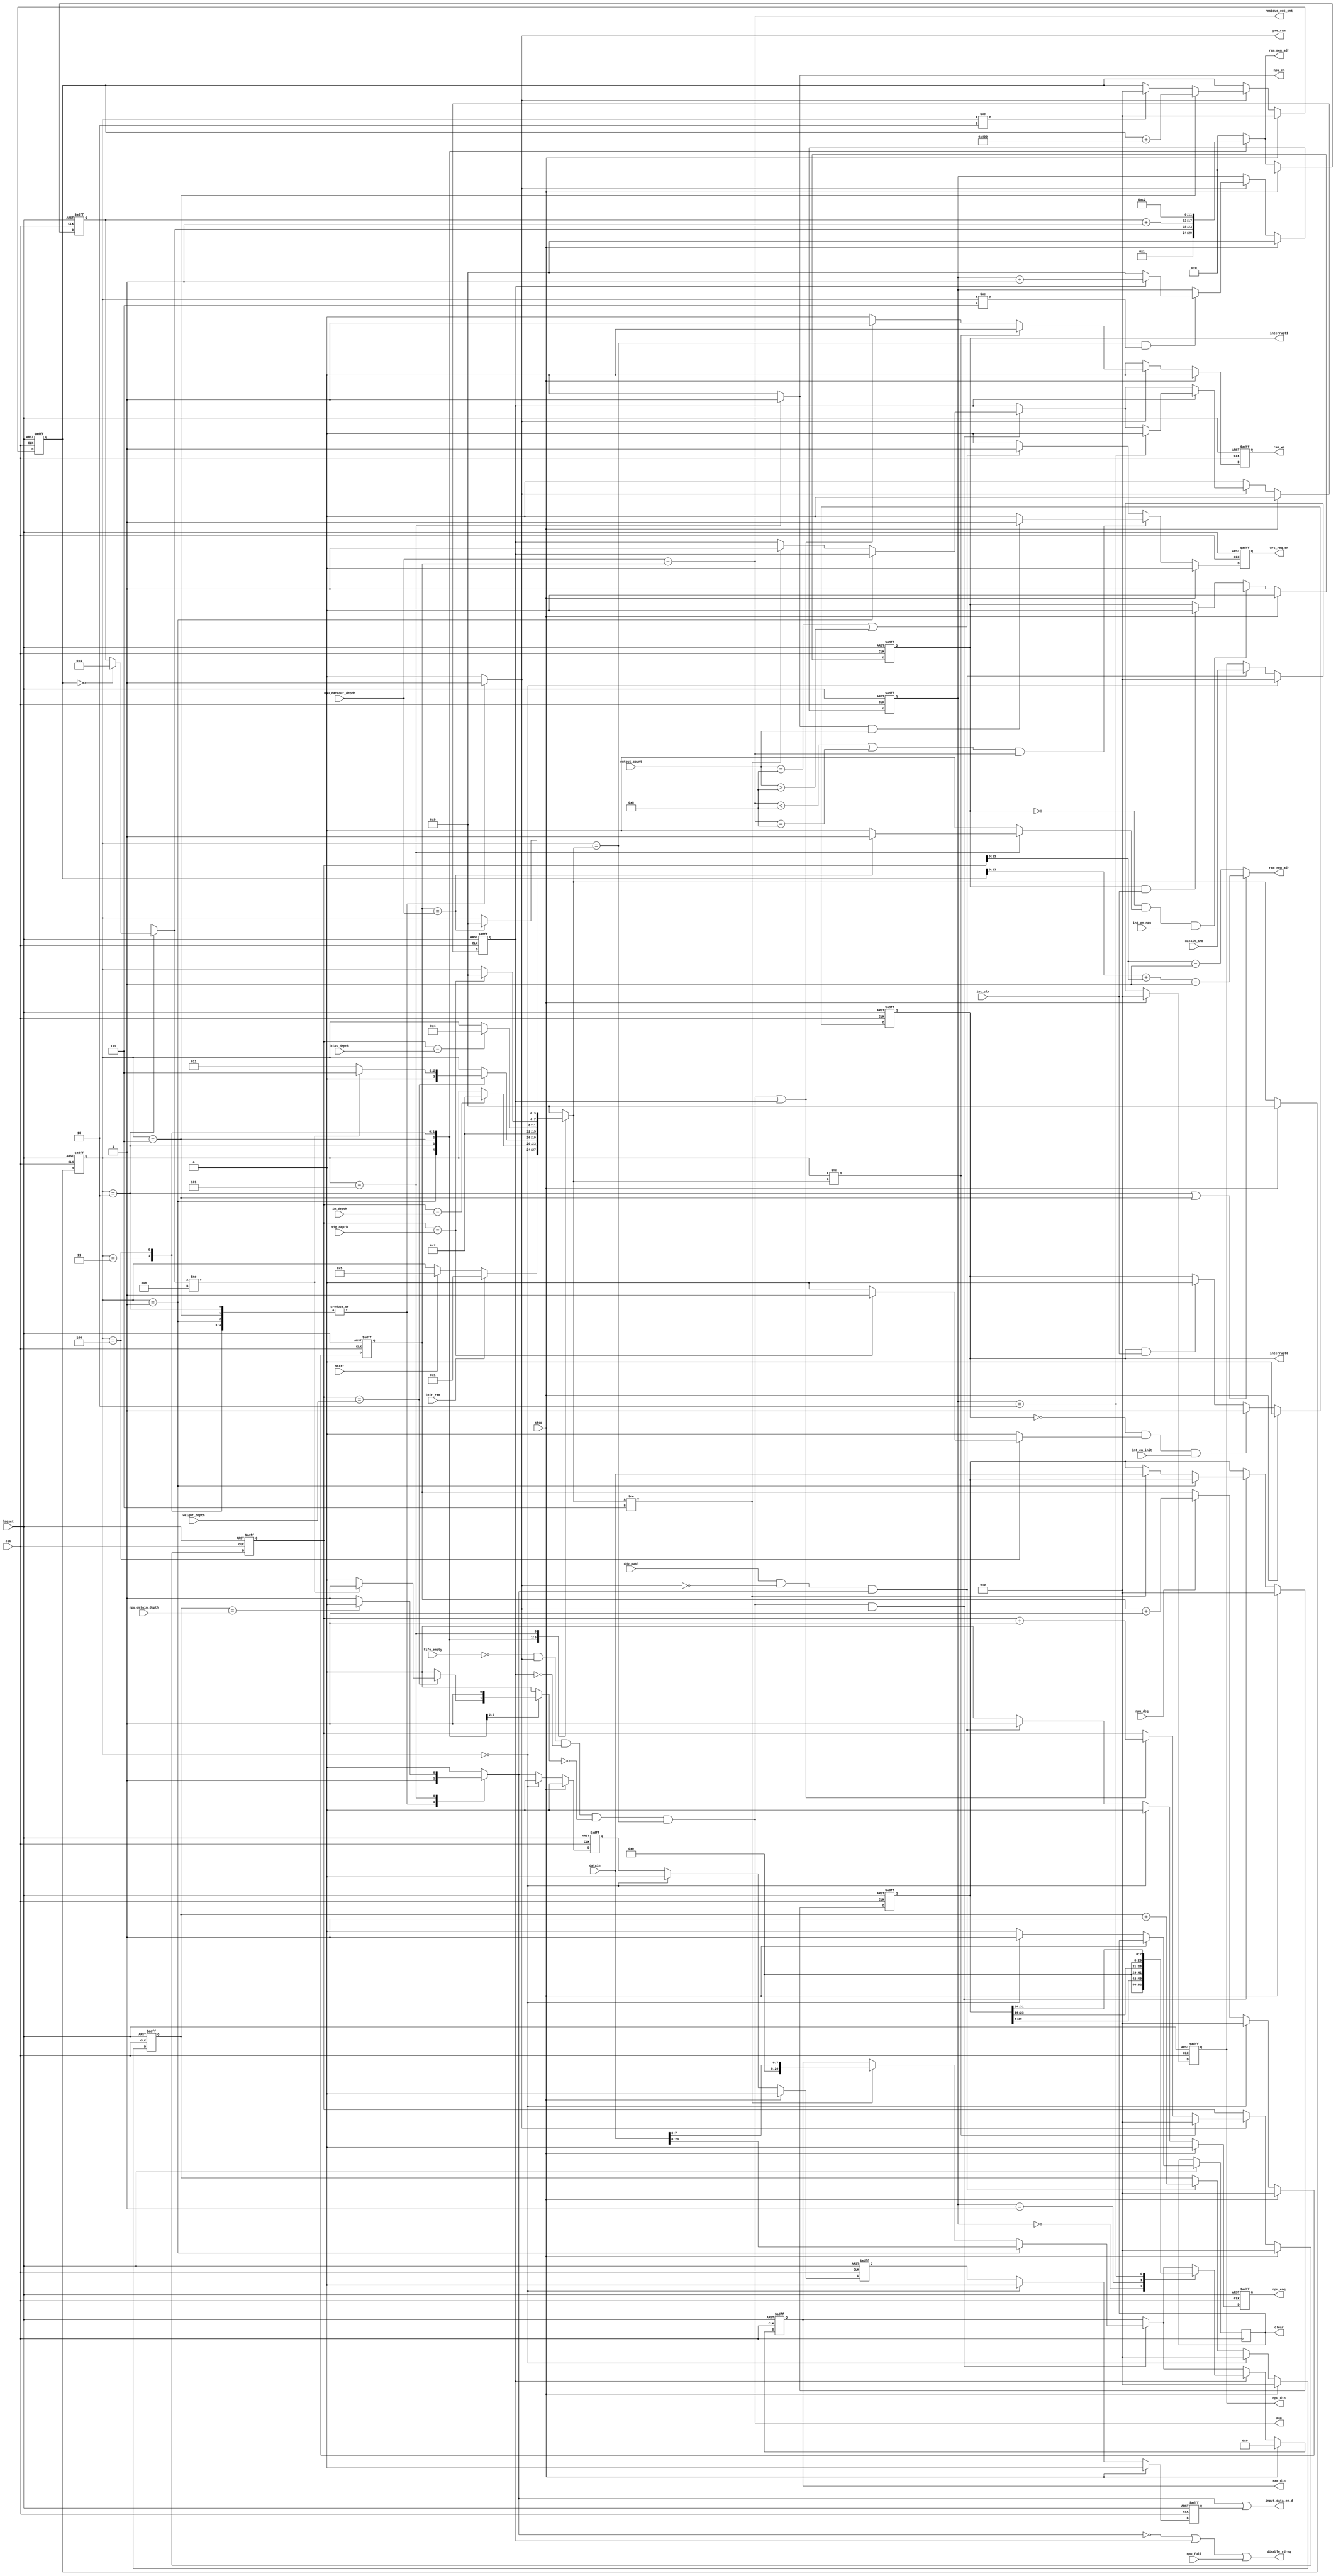



//(* dont_touch = "yes" *) 
module npu_if_crl (
		hreset,
		clk, 
		datain,		
		pop,
		fifo_empty,
		disable_rdreq,
		wrt_req_en,
		datain_ahb,
		ahb_push,
		pre_ram,
		/////////////////////////////
		weight_depth      ,
		bias_depth        ,
		im_depth          ,
		sig_depth         ,
		npu_datain_depth  ,
		npu_dataout_depth ,
		input_data_en_d,
		start,
		stop,
		init_ram,	
		int_clr,
		int_en_init,
		int_en_npu,
		//err_int_en, 
		//err_int, 	
		interrupt0,
		interrupt1,
		clear,
		////////////////////////////
    npu_en,
    npu_din,
    npu_enq,
    npu_deq,
    output_count, 
    residue_out_cnt,  
    npu_full,  
    ram_din,
    ram_reg_adr,
    ram_mem_adr,
    ram_we
		);
// ******************************************************
// NPU Ram_mem Address 
// ****************************************************** 		
 parameter IM_RAM_ADR       = 6'b000001;   
 parameter SIG_RAM_ADR      = 6'b000010;   
 parameter BIAS_RAM_ADR     = 6'b000011;   
 parameter WEIGHT_RAM_ADR   = 6'b000100; 

// ******************************************************
// NPU Trans Interface State Machine Encoding
// ****************************************************** 
 parameter IDLE           = 4'b0000 ;
 parameter INC            = 4'b0001 ;
 parameter WEIGHT         = 4'b0010 ;
 parameter BIAS           = 4'b0011 ;
 parameter SIGMOID        = 4'b0100 ;
 parameter npu_on         = 4'b0101 ;
 parameter WEIGHT_ADR_ICR = 4'b0111 ;

input  [31:0]       weight_depth     ; 	
input  [31:0]       bias_depth       ;   
input  [31:0]       im_depth         ; 
input  [31:0]       sig_depth        ; 
input  [31:0]       npu_datain_depth ; 
input  [31:0]       npu_dataout_depth; 
input               start;
input               stop;
input               init_ram;
input               int_clr;
input               int_en_init ;
input               int_en_npu ;
input               fifo_empty;
//input               err_int_en;

// npu interface
output              npu_en;            
output  [31:0]      npu_din;
output              npu_enq;
input               npu_deq;
input               npu_full;
//input               npu_ofifo_full;
input   [9:0]       output_count;
// ram-specific ports
output  [20:0]      ram_din;
output  [13:0]      ram_reg_adr;
output  [5 :0]      ram_mem_adr;
output              ram_we;

//////////////////////////////
input 			        hreset;
input 			        clk;
input  	[31:0] 	    datain;   	// Data from FIFO
input   [31:0]      datain_ahb;
input               ahb_push;
output			        pop;		// read 
output              disable_rdreq;
output              wrt_req_en;
//output              err_int;
output              interrupt0  ;
output              interrupt1  ;
output              clear;  
output              input_data_en_d;
output              pre_ram; 
output          [31:0]    residue_out_cnt;
//output          reg residue_mode;

///////////////////////////////////////////
   
reg             complete_ann;
reg             complete_init; 
//reg             err_int; 
reg             interrupt0  ;
reg             interrupt1  ;
reg             wrt_req_en ;
reg             input_data_en;   
wire            input_data_en_d;
reg input_data_en_d11;
reg input_data_en_d22; 
reg input_data_en_d33;


reg             pre_ram          ;               
reg             wait_inram_flag  ;
reg   [31:0]    npu_datain_cnt   ;
reg   [31:0]    npu_dataout_cnt  ;  
reg   [31:0]    datain_tmp; 
reg   [31:0]    ram_count_in;
reg   [31:0]    ram_count_in_w;
reg   [3:0]     wait_cnt;      
reg   [3:0]     state           ;
reg   [3:0]     nextstate       ;
reg             cnt_clear       ; 
reg             clear ;


                      
reg   [31:0]    npu_din;
reg             npu_enq;
reg   [5 :0]    ram_mem_adr;
reg             ram_we; 
reg   [20:0]    ram_din;
reg   [5 :0]    pre_ram_mem_adr; 
reg             pop_disable;

wire  [31:0]     residue_out_cnt;

wire            change_state;
       

assign pop      =  ~fifo_empty && pre_ram && !wait_inram_flag  && !pop_disable && !change_state;

assign ram_reg_adr   =  ((state == WEIGHT) || ( state ==  WEIGHT_ADR_ICR)) ? (ram_count_in_w + ram_count_in[13:0]-1):ram_count_in[13:0]-1;
assign disable_rdreq =  ~input_data_en || wait_inram_flag || npu_full; 
assign npu_en         =  (state == npu_on ) ? 1 : 0;
assign residue_out_cnt = npu_dataout_depth - npu_dataout_cnt;
assign change_state  = (state == nextstate) ? 0 : 1;
//////////////////////////////////////////////////////////////////////
 
assign input_data_en_d = input_data_en || input_data_en_d33;

always @(posedge clk or negedge hreset)
begin
	if(!hreset) begin
		//initial 
		npu_enq           <= 0;		  
		npu_datain_cnt    <= 32'b0; 
		npu_dataout_cnt   <= 32'b0; 		
		wrt_req_en        <= 0;	
		npu_din <= 0;
		input_data_en_d33 <=0;
		input_data_en_d11<=0;
		input_data_en_d22<=0;
		//residue_mode <= 0;
	end else if(stop) begin
		npu_enq           <= 0;		  
		npu_datain_cnt    <= 32'b0; 
		npu_dataout_cnt   <= 32'b0; 		
		wrt_req_en        <= 0;	
		npu_din <= 0; 
		input_data_en_d33 <=0;
		input_data_en_d11<=0;
		input_data_en_d22<=0;
		//residue_mode <= 0;
	end
	else begin		   
        ////////////Npu Operational Data Input
        input_data_en_d11 <=input_data_en;
        input_data_en_d22 <=input_data_en_d11;
        input_data_en_d33 <=input_data_en_d22;
        npu_enq   <= 0;
	      if(state == IDLE)begin 
	      	npu_din <= 0;
	      	npu_datain_cnt <= 0;
	      	input_data_en_d11 <=0;
          input_data_en_d22 <=0;
          input_data_en_d33 <=0;
	      end else if(ahb_push & (!pre_ram) & input_data_en) begin		     				
					npu_din <= datain_ahb;
					npu_datain_cnt <= npu_datain_cnt + 1; 
					npu_enq   <= 1;
		    end
        ///////////// Write_req Control
		    if((residue_out_cnt < 4'h8 || residue_out_cnt == 4'h8) && residue_out_cnt) 
		   
		    begin
		    
		    	    if(npu_en&&output_count)
		    	    	wrt_req_en <= 1;
		    	    else wrt_req_en <= 0;
		    	   
		    	    
		    	
		    end else begin 
		   
		     if(output_count == 4'h8 || output_count > 4'h8)
		    		wrt_req_en <= 1;
		    	else wrt_req_en <= 0;
		    	end
         /////////////// Output Data counter
         if(state == IDLE)begin
         		npu_dataout_cnt <= 0;
         		//clear <= 1;
         end else if(npu_deq ) begin
		      	npu_dataout_cnt <= npu_dataout_cnt + 1;
		     end
		     
		     if(state == IDLE)begin
		     		clear <= 1;
		     end  else clear <= 0;   	        			   		     
		   
	end
end
/////////////////////////////////////////////////////////////////////////
/////////////////////////ram data input control

always @ (posedge clk or negedge hreset)
begin
	if(!hreset) begin
	//initial 
	wait_cnt          <= 4'b0; 
	ram_count_in      <= 0;
	ram_count_in_w    <= 0;
	ram_we            <= 0;
	pre_ram_mem_adr   <= 0;
	datain_tmp        <= 32'b0;
  ram_din           <= 21'b0; 
  wait_inram_flag   <= 0;
	
	end else if(stop) begin
		wait_cnt          <= 4'b0; 
	  ram_count_in      <= 0;
	  ram_count_in_w    <= 0;
	  ram_we            <= 0;
	  pre_ram_mem_adr   <= 0;
	  datain_tmp        <= 32'b0;
    ram_din           <= 21'b0; 
    wait_inram_flag   <= 0;
	end
	else begin
				// if(stage )
				 if(pop & pre_ram ) begin			
		    	 if(state == INC)
		    	 	ram_din <= datain;
		    	 else if(nextstate != WEIGHT_ADR_ICR) begin
		    	 	wait_inram_flag   <= 1;
		         ram_din <= {13'b0 , datain[7:0]};
		         datain_tmp <= datain;	     
		    	 end 
	      end
	 
	      if(wait_inram_flag == 1) begin
	      	case (wait_cnt)
		            0: ram_din <= {13'b0 , datain_tmp[15:8]};
		            1: ram_din <= {13'b0 , datain_tmp[23:16]};
		            2: ram_din <= {13'b0 , datain_tmp[31:24]};
	           endcase 
	        if(wait_cnt == 2)
		    	   wait_inram_flag   <= 0;		
	      end
	     // if(wait_cnt == 2)
	     // wait_cnt <= 0;
        ////////////////////////////////////////////////////////////////////////
		    ram_we <= 0; 
		    pre_ram_mem_adr <= ram_mem_adr;
		    if(pre_ram) begin		       
		       if(state == nextstate && state != WEIGHT_ADR_ICR)
		       if(wait_inram_flag == 1)
		       	  wait_cnt <= wait_cnt + 1;
		       	  else wait_cnt <= 0;
		       else wait_cnt <= wait_cnt;
		       
		       if(state == WEIGHT_ADR_ICR)
		          ram_count_in_w <= ram_count_in_w + 12'd2048;
		       else if(state != WEIGHT) ram_count_in_w <= 0;
		       
		       if(state != nextstate) begin
		          ram_count_in <= 0 ;		         
		       end else if(pop || wait_inram_flag) begin
	         		ram_we <= 1;
	            ram_count_in <= ram_count_in + 1;	               
	         end	
	      end else begin  
		    	wait_inram_flag   <= 0;
		    end	
	end
end

//////////////////////////////////////////state machine///////////////////////////////////
always @(posedge clk or negedge hreset)
	if (!hreset) begin
		state <= IDLE;
 	  end 
	else if(stop) begin 
		state <= IDLE;  
	end
	else begin
		state <= nextstate;
	end

always @ (*)
begin 	
	case(state)
		IDLE: begin
					  complete_ann  = 0;
					  complete_init = 0;
					  pre_ram       = 0; 	
					
					  input_data_en = 0;
					  pop_disable   = 0;
					  ram_mem_adr   = 0;   
					  if(init_ram == 1) begin
		           nextstate   = INC;			      		          
		        end else 	
		        if(start == 1) begin
		           nextstate   = npu_on;			      		           
		        end  else nextstate   = state;
		      end
		INC:  begin
						pop_disable = 0;
						input_data_en = 1;
					 // cnt_clear   = 0;
					  pre_ram     = 1; 
					  ram_mem_adr = IM_RAM_ADR;
					  complete_ann  = 0;
					  complete_init = 0;
					  if(ram_count_in == im_depth) begin
					  	nextstate   = WEIGHT;  						
					  	//cnt_clear   = 1;
					  end  else nextstate   = state;
		      end
		WEIGHT: begin
					   // cnt_clear   = 0;	
					   // pop_disable = 0;
					    input_data_en = 1; 
					    pre_ram     = 1; 
					    complete_ann  = 0;
					    complete_init = 0;
					    if(ram_count_in_w == 0 )	
					      ram_mem_adr = WEIGHT_RAM_ADR;	
					      else ram_mem_adr = pre_ram_mem_adr;		 
					    if(ram_count_in == weight_depth) 
					       if(ram_mem_adr != WEIGHT_RAM_ADR + 6'b000111) begin
					       	  nextstate = WEIGHT_ADR_ICR;				    	
					       	 // cnt_clear   = 1;
					       	  pop_disable = 1;
					       end else begin
					       	  nextstate = BIAS;	
					       	  pop_disable = 0;				    	
					       	 // cnt_clear = 1;
					       end	
					       else begin
					         pop_disable = 0;
					         //pre_ram     = 1;
					       	 nextstate   = state; 	
					       	end			   
		        end //else nextstate   = state; 
		        
		WEIGHT_ADR_ICR:begin
					      //     cnt_clear = 0;
					           complete_ann  = 0;
					           complete_init = 0;
					           input_data_en = 1; 
					           pre_ram     = 1; 
					           pop_disable = 1;  	
					           ram_mem_adr = pre_ram_mem_adr + 6'b1;	
					           nextstate = WEIGHT;
		               end
		BIAS:  begin
						 pop_disable = 0;
					 //  cnt_clear  = 0;
					   complete_ann  = 0;
					   complete_init = 0;
					   input_data_en = 1; 
					   pre_ram     = 1; 
					   ram_mem_adr = BIAS_RAM_ADR;
					   if(ram_count_in == bias_depth) begin
					   	 nextstate   = SIGMOID; 					  	 
					   //	 cnt_clear   = 1;
					   end  else nextstate   = state;
		       end
		SIGMOID: begin
							 pop_disable = 0;
					    // cnt_clear  = 0;
					     complete_ann  = 0;
					     //complete_init = 0;
					     pre_ram     = 1; 
					     input_data_en = 1; 
					     ram_mem_adr = SIG_RAM_ADR;
					     if(ram_count_in == sig_depth) begin
					     	 nextstate = IDLE;
					     //	 cnt_clear = 1;
					     	 complete_init = 1;				     	
					     end  else begin
					     			nextstate   = state;
					     			 complete_init = 0;		
					     			end
		         end
		npu_on: begin 	
								ram_mem_adr = 0; 
								pre_ram     = 0;
								pop_disable = 0;
								complete_init = 0;    
							 if(npu_datain_cnt == npu_datain_depth) 
							 	 input_data_en = 0;
               else input_data_en = 1;	 
							 if(npu_dataout_cnt == npu_dataout_depth)
							 begin
							 	 nextstate = IDLE;
							 	 complete_ann = 1;
							 	 end  else begin
							 	     nextstate   = state;
							 	     complete_ann = 0;
							 	 end
						 end
			default:	begin
			          nextstate = IDLE;
			           complete_ann  = 0;
					       complete_init = 0;
					       pre_ram       = 0; 	
					       
					       input_data_en = 0;
					       pop_disable   = 0;
					       ram_mem_adr   = 0; 
			          end
	  endcase
end

//////////////////////////////////////interrupt/////////////////////////////////

always @(posedge clk or negedge hreset) 
    begin 
      if(!hreset)  begin 
          interrupt0 <= 1'b0; 
          interrupt1 <= 1'b0; 
       //   err_int    <= 1'b0;
       end else if(stop) begin
          interrupt0 <= 1'b0; 
          interrupt1 <= 1'b0; 
        //  err_int    <= 1'b0;
       end
       else begin
           if (!interrupt0 && complete_init && int_en_init) begin                              
               interrupt0 <= 1'b1; 
           end else if (interrupt0 && int_clr) begin                 
                   interrupt0 <= 1'b0; // initial complete
                end 
                
           if (!interrupt1 && complete_ann && int_en_npu) begin                              
               interrupt1 <= 1'b1; 
           end else if (interrupt1 && int_clr) begin                 
                   interrupt1 <= 1'b0; // 
               end  
           
            
      end 
         
    end 

/////////////////////////////////////////////////////////

////////////////////////////////////////////////////////////////////
endmodule